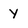
Character: y